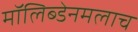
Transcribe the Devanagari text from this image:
मॉलिब्डेनमलाच